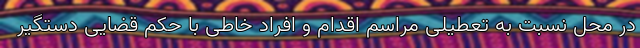
در محل نسبت به تعطیلی مراسم اقدام و افراد خاطی با حکم قضایی دستگیر